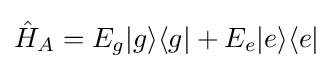
{\hat {H}}_{A}=E_{g}|g\rangle \langle g|+E_{e}|e\rangle \langle e|